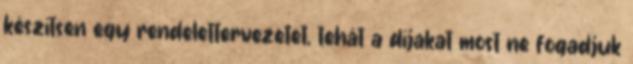
készítsen egy rendelettervezetet, tehát a díjakat most ne fogadjuk